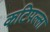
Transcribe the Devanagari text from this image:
कटिपल्ला